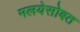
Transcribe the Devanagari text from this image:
मलयेसोबत